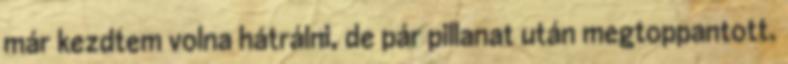
már kezdtem volna hátrálni, de pár pillanat után megtoppantott.